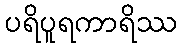
ပရိပူရကာရိဿ